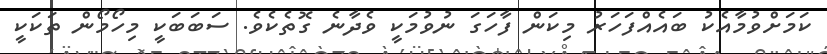
ކަމަށްވުމާއެކު ބައެއްފަހަރު މިކަން ފާހަގަ ނުވުމަކީ ވެދާނެ ގޮތެކެވެ. ސަބަބަކީ މިހޯމޯން ތަކަކީ